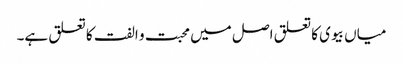
میاں بیوی کا تعلق اصل میں محبت و الفت کا تعلق ہے۔